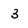
Character: 3